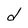
Character: d